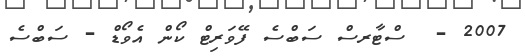
2007 -  ސްޓާރސް ސަބްސެ ފޭވަރިޓް ކޯން އެވޯޑް - ސަބްސެ